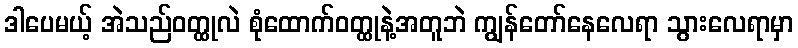
ဒါပေမယ့် အဲသည်ဝတ္ထုလဲ စုံထောက်ဝတ္ထုနဲ့အတူဘဲ ကျွန်တော်နေလေရာ သွားလေရာမှာ